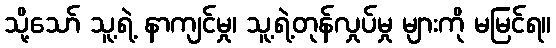
သို့သော် သူ့ရဲ့ နာကျင်မှု၊ သူ့ရဲ့တုန်လှုပ်မှု များကို မမြင်ရ။